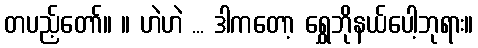
တပည့်တော်။ ။ ဟဲဟဲ ... ဒါကတော့ ရွှေဘိုနယ်ပေါ့ဘုရား။